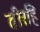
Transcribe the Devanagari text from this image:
तीरहि